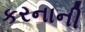
કરનાની